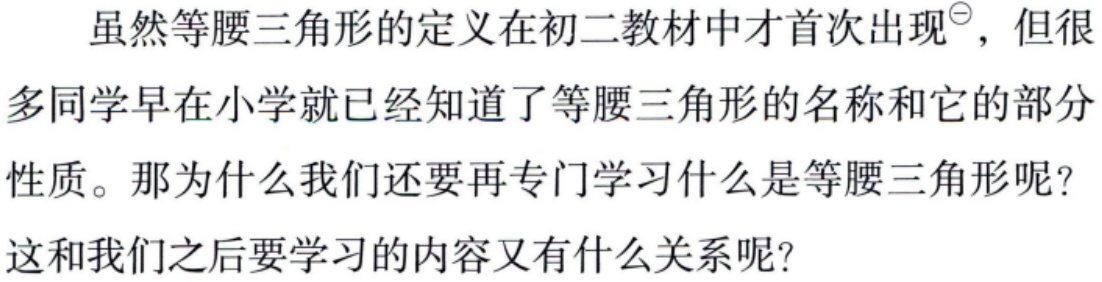
虽然等腰三角形的定义在初二教材中才首次出现\(^{\ominus}\)，但很多同学早在小学就已经知道了等腰三角形的名称和它的部分性质。那为什么我们还要再专门学习什么是等腰三角形呢？这和我们之后要学习的内容又有什么关系呢？